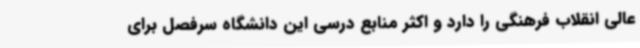
عالی انقلاب فرهنگی را دارد و اکثر منابع درسی این دانشگاه سرفصل برای